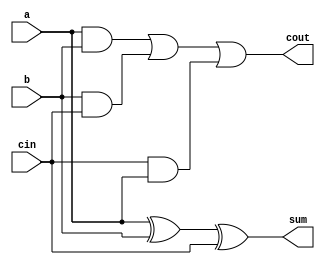
module _1adder_gate(sum, cout, a, b, cin);
  input a, b, cin;
  output sum, cout;
  wire t1, t2, t3;
  xor(sum, a, b, cin);
  and(t1, a, b);
  and(t2, b, cin);
  and(t3, cin, a);
  or(cout, t1, t2, t3);
endmodule

module _1adder_df(sum, cout, a, b, cin);
  input a, b, cin;
  output sum, cout;
  assign sum = a ^ b ^ cin;
  assign cout = (a & b) | (b & cin) | (a & cin);
endmodule
module testbench;
  reg [2:0]in;
  wire sum, cout;
  _1adder_df a1(sum, cout, in[0], in[1], in[2]);
  initial
  begin
    $monitor("%2d ", $time, "input = %3b, sum = %b, cout = %b", in, sum, cout);
    #0 in = 3'b000;
    repeat(8)
      #10 in = in + 4'b0001;
    // #180 $finish;
  end
endmodule